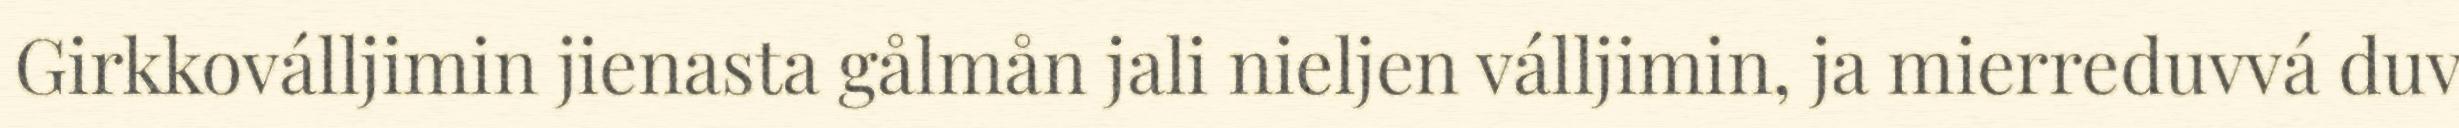
Girkkoválljimin jienasta gålmån jali nieljen válljimin, ja mierreduvvá duv